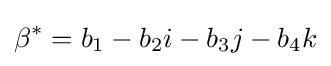
\beta ^{*}=b_{1}-b_{2}i-b_{3}j-b_{4}k